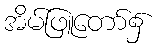
အိမ်ဖြူတော်၌